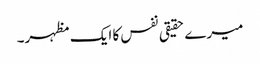
میرے حقیقی نفس کا ایک مظہر۔